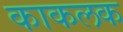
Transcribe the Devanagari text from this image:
काकलक